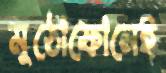
মুঠোফোনেই